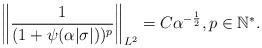
LaTeX: \begin{align*}\left\| \frac{1}{(1+\psi(\alpha |\sigma|))^p}\right\|_{L^2}=C\alpha^{-\frac{1}{2}},p \in \mathbb{N}^*. \end{align*}